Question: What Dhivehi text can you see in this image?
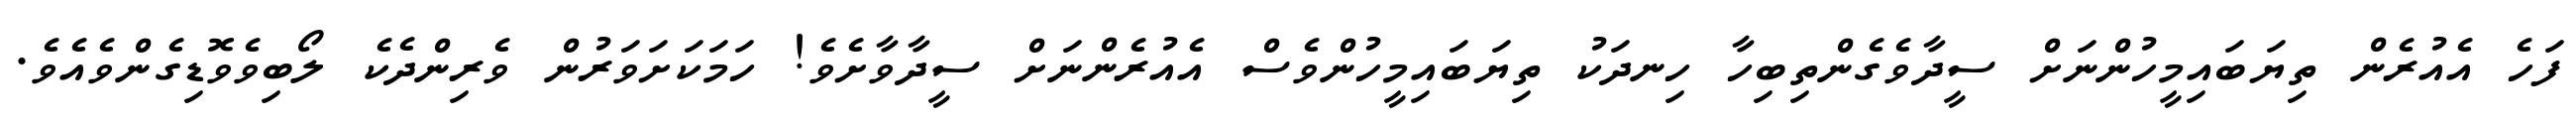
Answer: ފަހެ އެއުރެން ތިޔަބައިމީހުންނަށް ސީދާވެގެންތިބިހާ ހިނދަކު ތިޔަބައިމީހުންވެސް އެއުރެންނަށް ސީދާވާށެވެ! ހަމަކަށަވަރުން ވެރިންދެކެ ލޯބިވެވޮޑިގެންވެއެވެ.